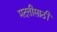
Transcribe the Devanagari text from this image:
मदतीसाठीं